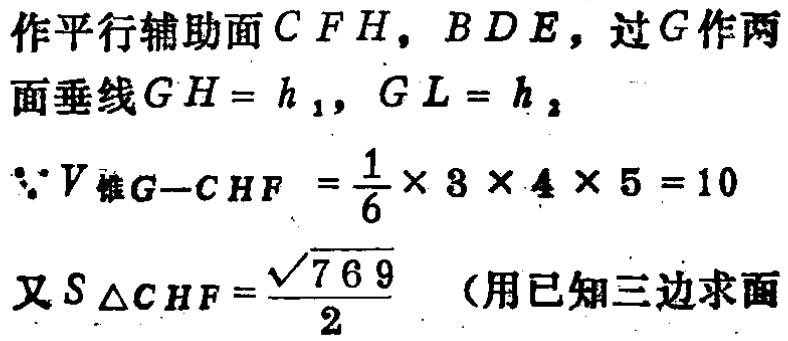
作平行辅助面\(CFH\)，\(BDE\)，过\(G\)作两面垂线\(GH = h_1\)，\(GL = h_2\)
\(\because V_{锥G - CHF}=\frac{1}{6}\times 3\times 4\times 5 = 10\)
又\(S_{\triangle CHF}=\frac{\sqrt{769}}{2}\)（用已知三边求面